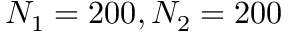
N _ { 1 } = 2 0 0 , N _ { 2 } = 2 0 0